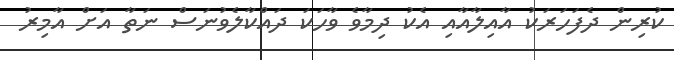
ކުރިން ދެފަހަރަކު އާއިލާއާއި އެކު ދިމާވެ ވާހަކަ ދައްކާލެވުނަސް ނަތާ އަށް އާމިރު